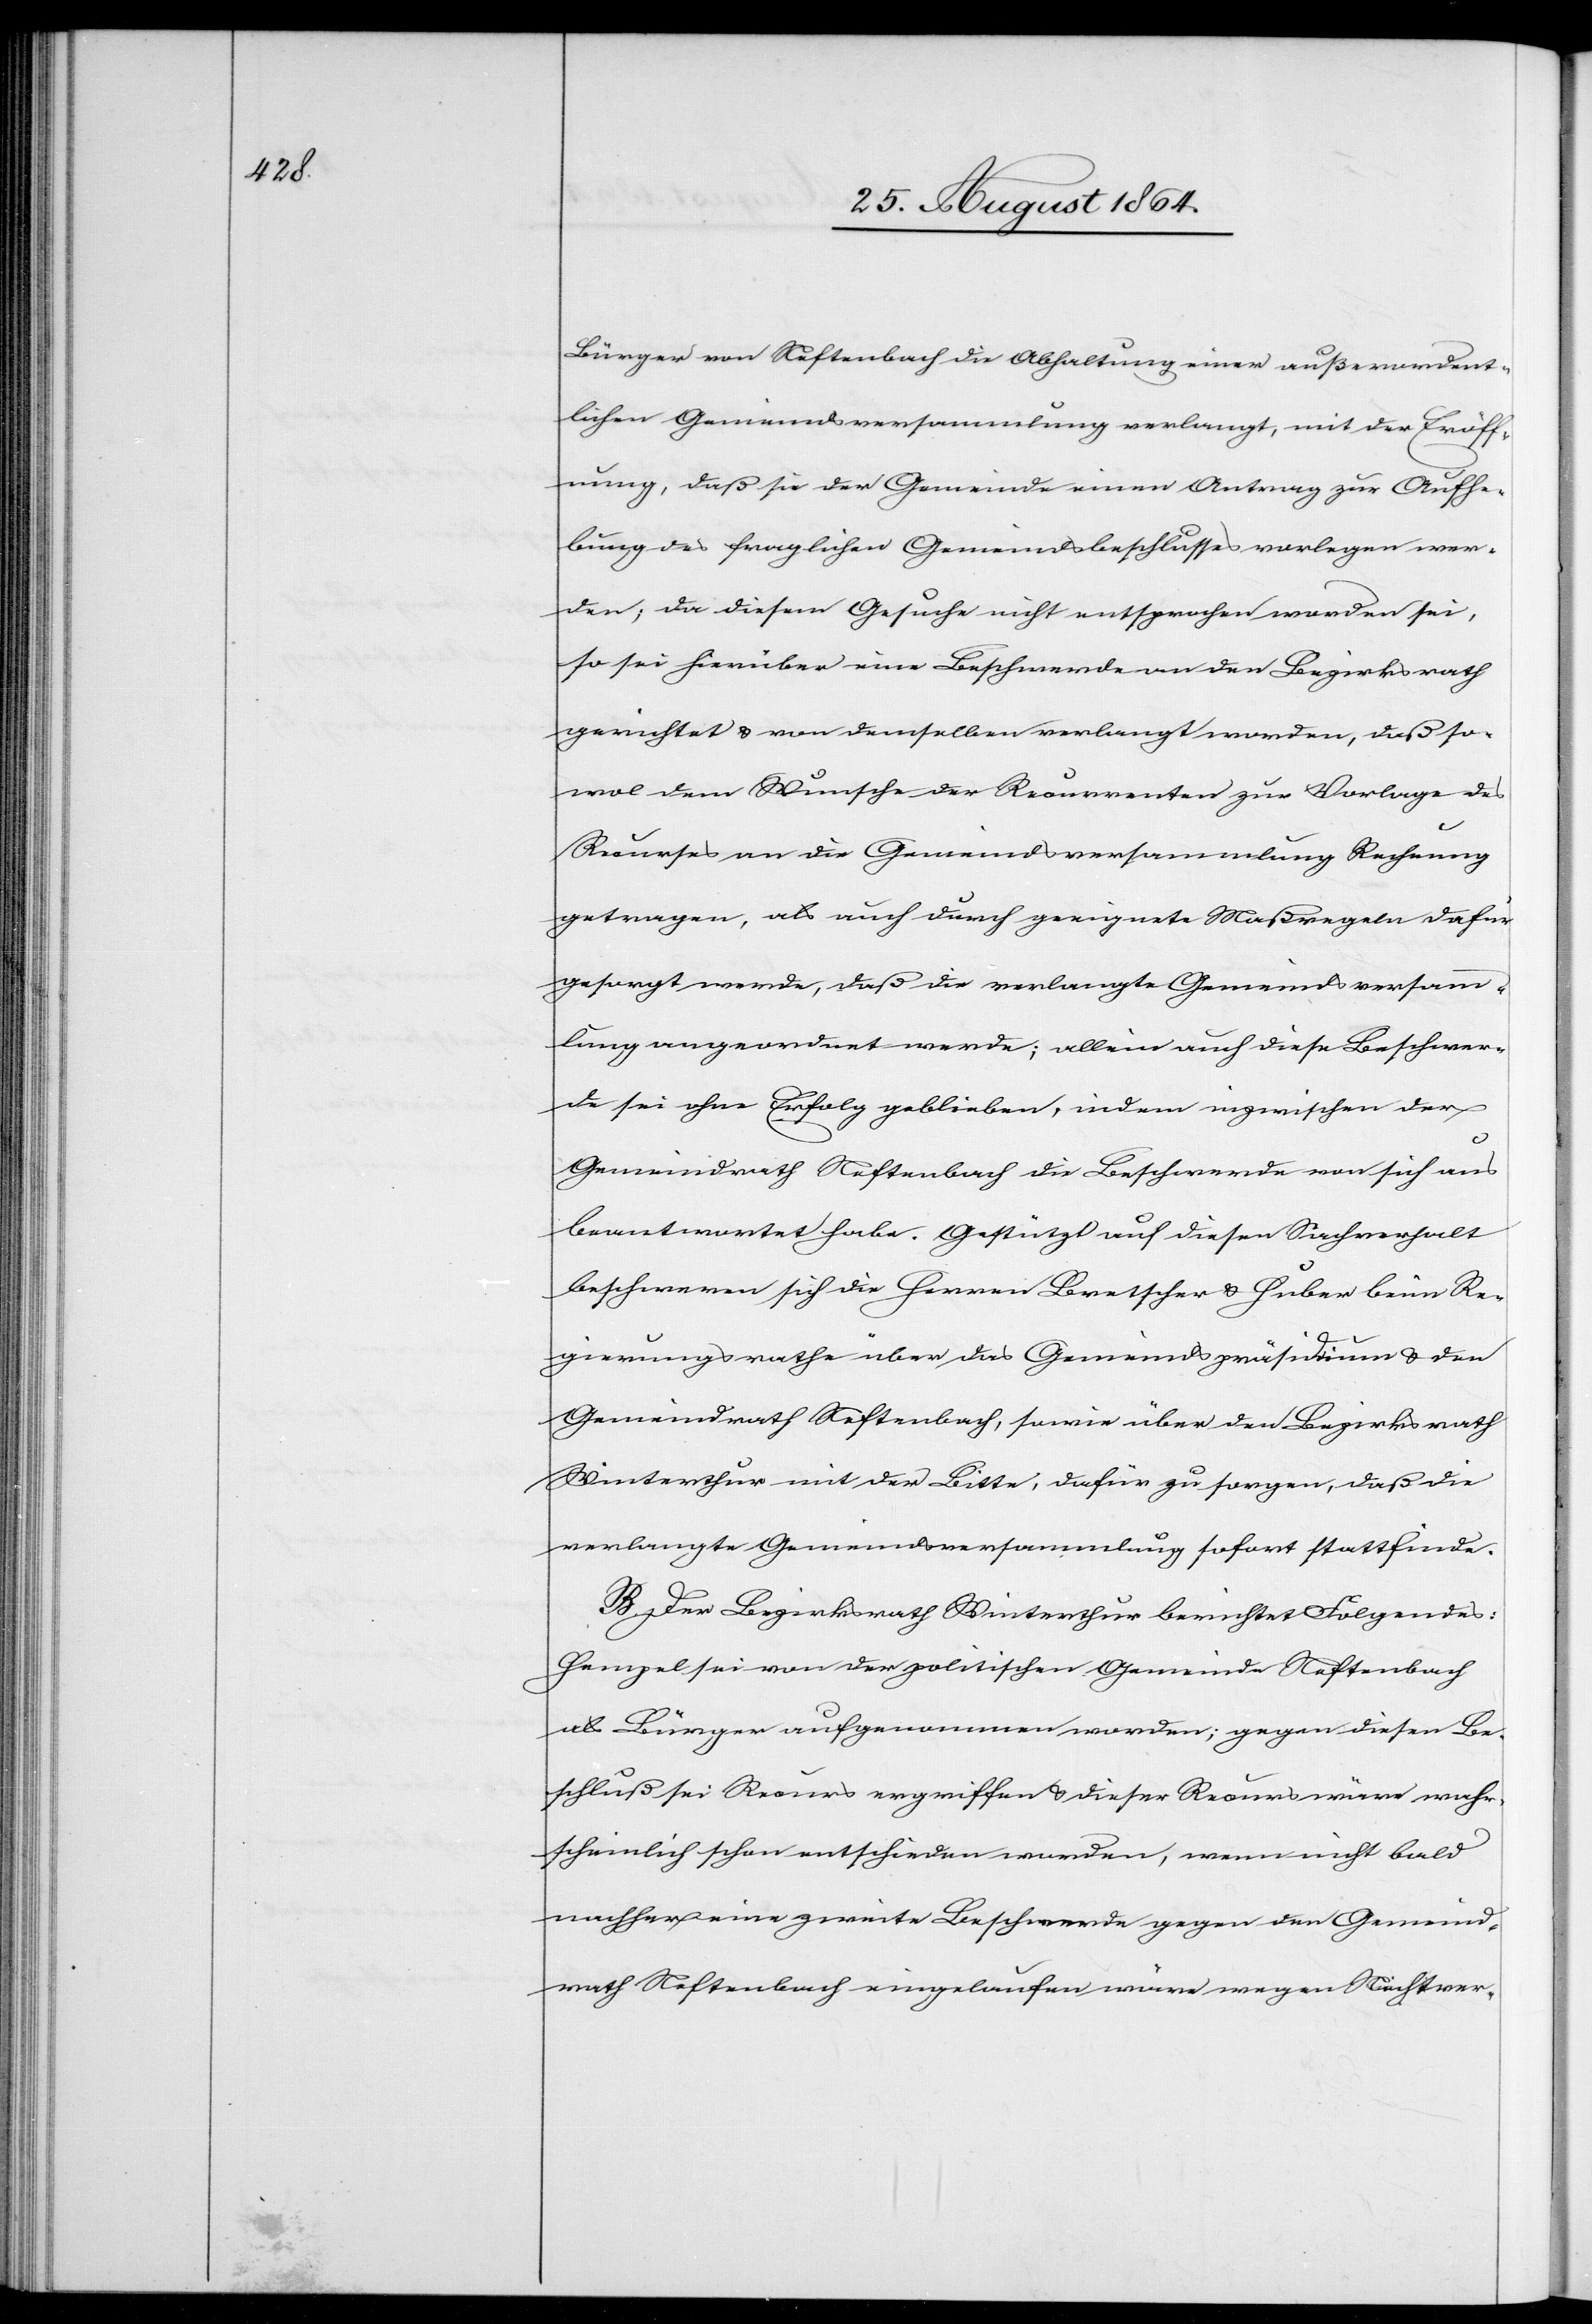
Bürger von Neftenbach die Abhaltung einer außerordent¬
lichen Gemeindsversammlung verlangt, mit der Eröff¬
nung, daß sie der Gemeinde einen Antrag zur Aufhe¬
bung des fraglichen Gemeindsbeschlusses vorlegen wer¬
den; da diesem Gesuche nicht entsprochen worden sei,
so sei hierüber eine Beschwerde an den Bezirksrath
gerichtet & von demselben verlangt worden, daß so¬
wol dem Wunsche der Recurrenten zur Vorlage des
Recurses an die Gemeindsversammlung Rechnung
getragen, als auch durch geeignete Maßregeln dafür
gesorgt werde, daß die verlangte Gemeindsversamm¬
lung angeordnet werde; allein auch diese Beschwer¬
de sei ohne Erfolg geblieben, indem inzwischen der
Gemeindrath Neftenbach die Beschwerde von sich aus
beantwortet habe. Gestützt auf diesen Sachverhalt
beschweren sich die Herren Bretscher & Huber beim Re¬
gierungsrathe über das Gemeindspräsidium & den
Gemeindrath Neftenbach, sowie über den Bezirksrath
Winterthur mit der Bitte, dafür zu sorgen, daß die
verlangte Gemeindsversammlung sofort stattfinde.
B. Der Bezirksrath Winterthur berichtet Folgendes:
Hempel sei von der politischen Gemeinde Neftenbach
als Bürger aufgenommen worden; gegen diesen Be¬
schluß sei Recurs ergriffen & dieser Recurs wäre wahr¬
scheinlich schon entschieden worden, wenn nicht bald
nachher eine zweite Beschwerde gegen den Gemeind¬
rath Neftenbach eingelaufen wäre wegen Nichtver-